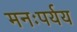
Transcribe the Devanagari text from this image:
मनःपर्यय